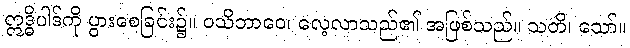
ဣဒ္ဓိပါဒ်ကို ပွားစေခြင်း၌။ ဝသိဘာဝေ၊ လေ့လာသည်၏ အဖြစ်သည်။ သတိ၊ သော်။